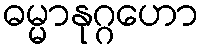
ဓမ္မာနုဂ္ဂဟော